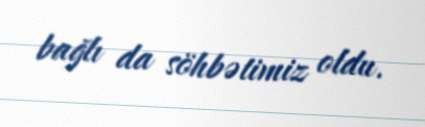
bağlı da söhbətimiz oldu.